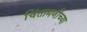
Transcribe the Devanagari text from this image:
चिंतामणीच्या